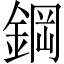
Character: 鋼